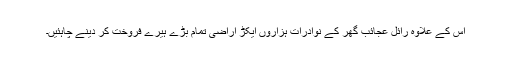
اس کے علاوہ رائل عجائب گھر کے نوادرات ہزاروں ایکڑ اراضی تمام بڑے ہیرے فروخت کر دینے چاہئیں۔